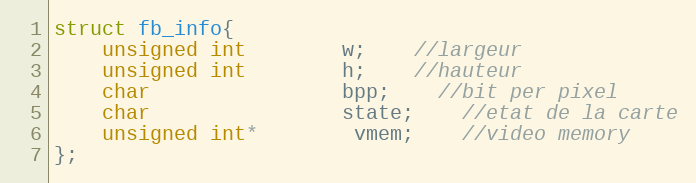
Language: C
struct fb_info{
	unsigned int		w;	//largeur
	unsigned int		h;	//hauteur
	char				bpp;	//bit per pixel
	char				state;	//etat de la carte
	unsigned int*		vmem;	//video memory
};